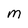
Character: M